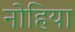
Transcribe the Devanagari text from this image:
नोहिया